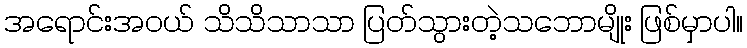
အရောင်းအဝယ် သိသိသာသာ ပြတ်သွားတဲ့သဘောမျိုး ဖြစ်မှာပါ။